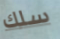
سلك